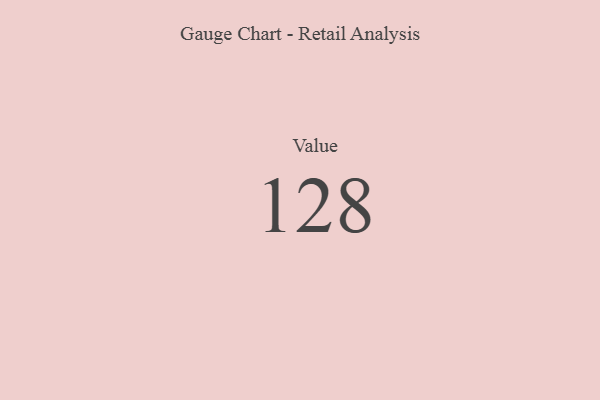
{"axis": {"x": "Metric", "y": "Value"}, "legend": [""], "data": [{"x": "Value", "y": 128, "type": ""}]}